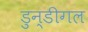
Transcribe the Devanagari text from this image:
डुन्डीगल